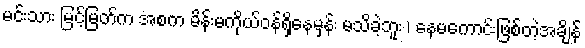
မင်းသား မြင့်မြတ်က အစက မိန်းမကိုယ်ဝန်ရှိနေမှန်း မသိခဲ့ဘူး ၊ နေမကောင်းဖြစ်တဲ့အချိန်